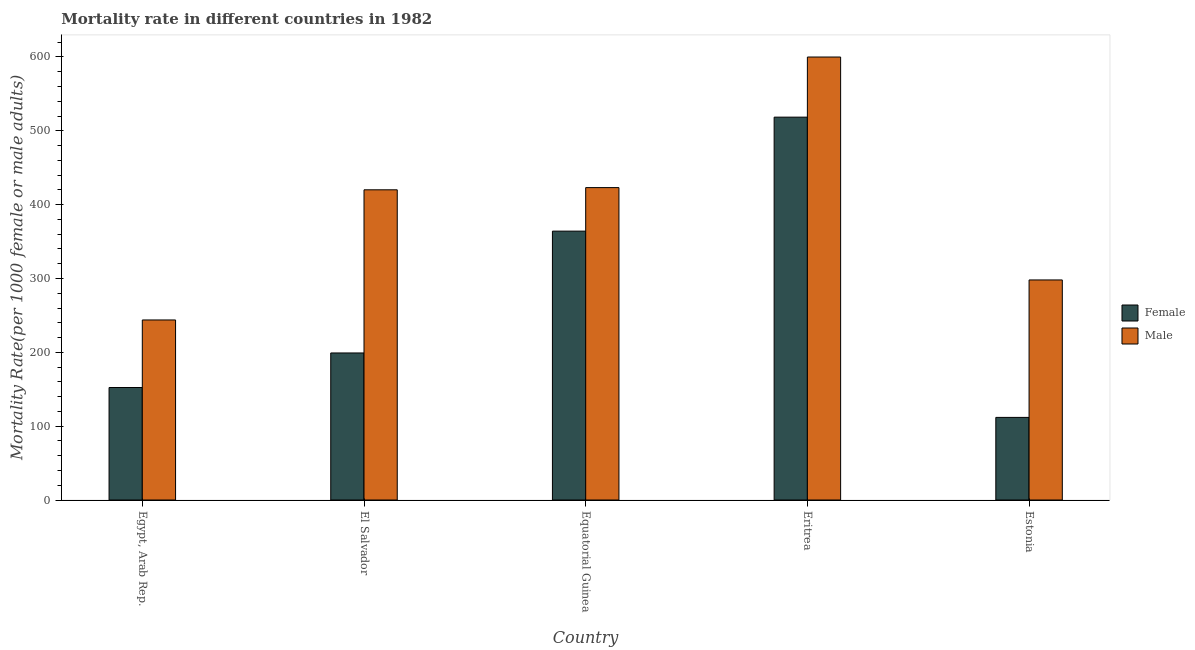
| Country | Female | Male |
 | --- | --- | --- |
 | Egypt, Arab Rep. | 152 | 244 |
 | El Salvador | 199 | 420 |
 | Equatorial Guinea | 364 | 423 |
 | Eritrea | 518 | 600 |
 | Estonia | 112 | 298 |